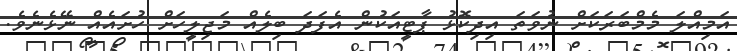
އަމިއްލަ މެމްބަރަކަށް ނުވަތަ އިދިކޮޅު ޕާޓީއަކުން އެފަދަ ބިލެއް މަޖިލީހަށް ހުށައެއް ނޭޅެނެވެ.